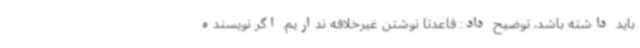
باید داشته باشد، توضیح داد: قاعدتا نوشتن غیرخلاقه نداریم. اگر نویسنده